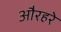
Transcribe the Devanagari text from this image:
औरहरे